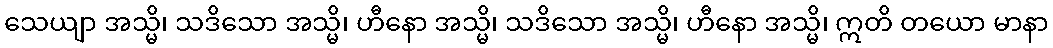
သေယျာ အသ္မိ၊ သဒိသော အသ္မိ၊ ဟီနော အသ္မိ၊ သဒိသော အသ္မိ၊ ဟီနော အသ္မိ၊ ဣတိ တယော မာနာ